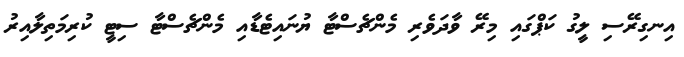
އިނގިރޭސި ލީގު ކަޕްގައި މިރޭ ވާދަވެރި މެންޗެސްޓާ ޔުނައިޓެޑާއި މެންޗެސްޓާ ސިޓީ ކުރިމަތިލާއިރު